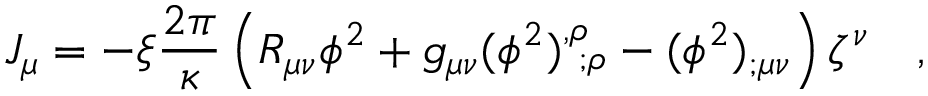
J _ { \mu } = - \xi { \frac { 2 \pi } { \kappa } } \left( R _ { \mu \nu } \phi ^ { 2 } + g _ { \mu \nu } ( \phi ^ { 2 } ) _ { ~ ; \rho } ^ { , \rho } - ( \phi ^ { 2 } ) _ { ; \mu \nu } \right) \zeta ^ { \nu } ~ ~ ~ ,